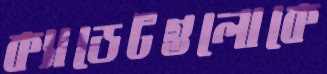
ক্যাডেটগুলোকে